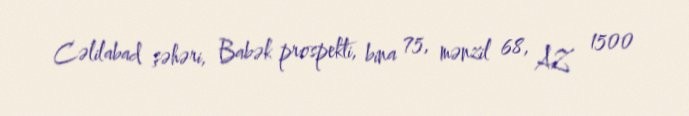
Cəlilabad şəhəri, Babək prospekti, bina 75, mənzil 68, AZ 1500